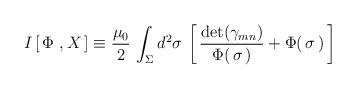
LaTeX: \begin{align*}I\left[\, \Phi\ , X\,\right]\equiv \frac{\mu_0}{2}\, \int_\Sigma d^2\sigma\,\left[\, {\mathrm{det}(\gamma_{mn})\over \Phi(\,\sigma\,)} + \Phi(\, \sigma\,)\,\right]\end{align*}